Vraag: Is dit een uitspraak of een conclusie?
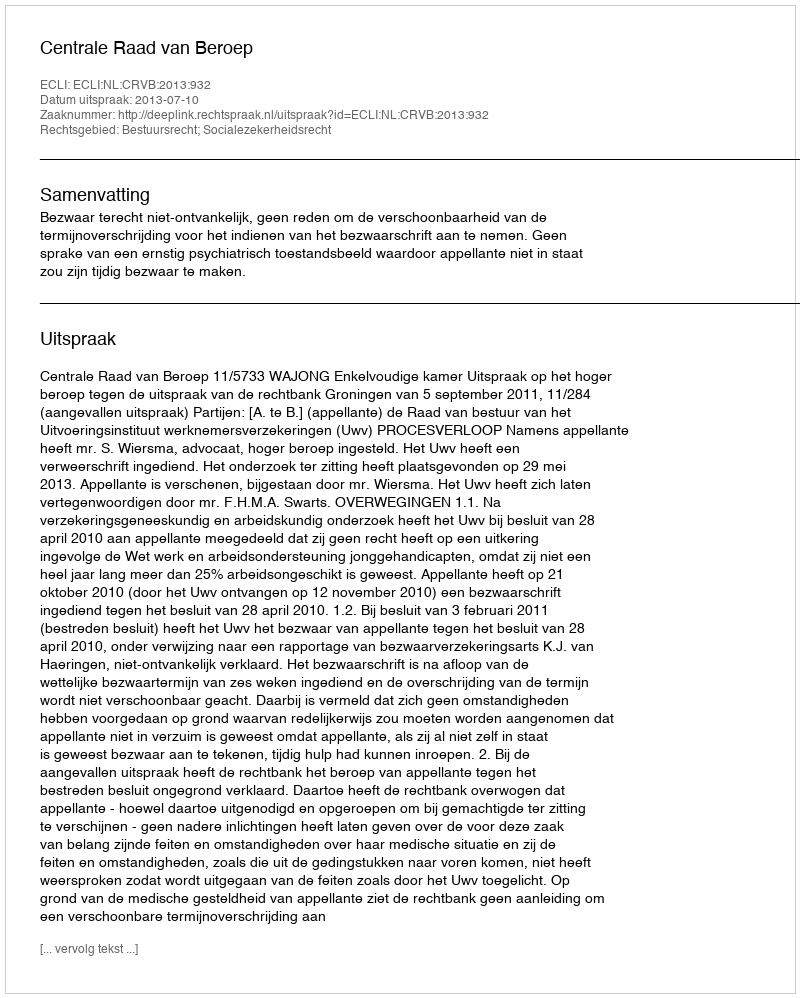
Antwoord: Uitspraak